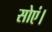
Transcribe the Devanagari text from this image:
सोएं।